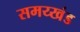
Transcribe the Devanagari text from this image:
समय्खंड